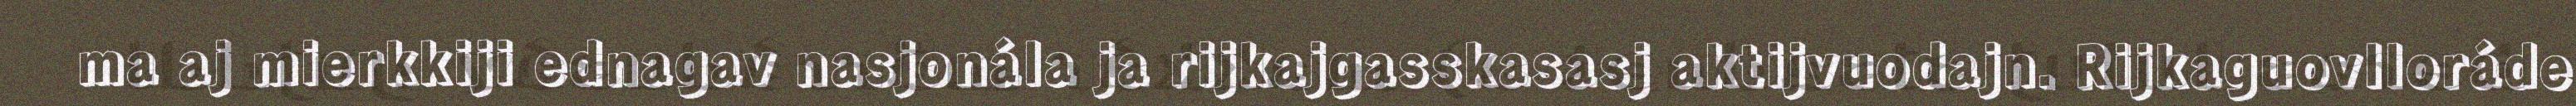
ma aj mierkkiji ednagav nasjonála ja rijkajgasskasasj aktijvuodajn. Rijkaguovlloráde